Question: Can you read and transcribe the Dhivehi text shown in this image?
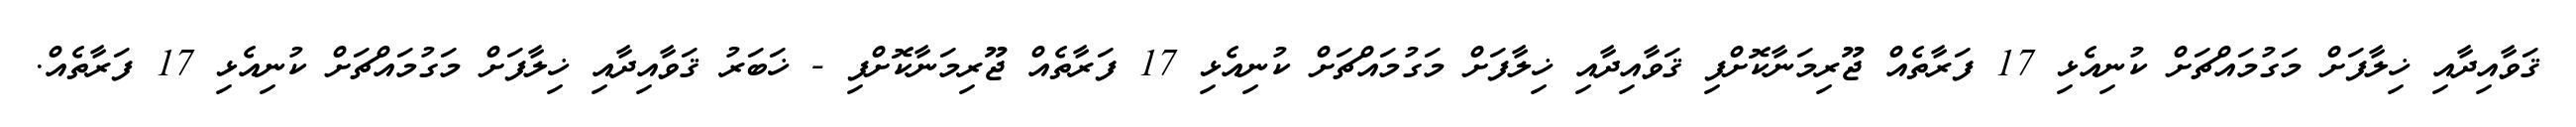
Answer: ޤަވާއިދާއި ޚިލާފަށް މަގުމައްޗަށް ކުނިއެޅި 17 ފަރާތެއް ޖޫރިމަނާކޮށްފި ޤަވާއިދާއި ޚިލާފަށް މަގުމައްޗަށް ކުނިއެޅި 17 ފަރާތެއް ޖޫރިމަނާކޮށްފި - ޚަބަރު ޤަވާއިދާއި ޚިލާފަށް މަގުމައްޗަށް ކުނިއެޅި 17 ފަރާތެއް.